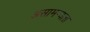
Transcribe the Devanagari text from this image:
असामन्यता